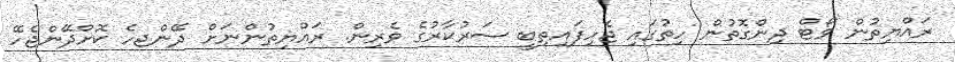
ރައްޔިތުން ވޯޓް ދިންގޮތުން ހިތުގައި ޖެހިފައިތިބީ ސަރުކާރުގެ ވެރިން. ރައްޔިތުންނަށް ދޭންޖހެ ކޮށްދޭންޖެހޭ